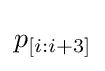
p_{[i:i+3]}